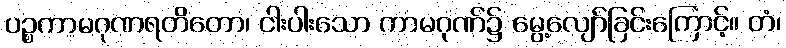
ပဉ္စကာမဂုဏရတိတော၊ ငါးပါးသော ကာမဂုဏ်၌ မွေ့လျော်ခြင်းကြောင့်။ တံ၊